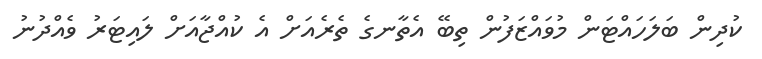
ކުދިން ބަލަހައްޓަން މުވައްޒަފުން ތިބޭ އެތާނގެ ތެރެއަށް އެ ކުއްޖާއަށް ލައިޓަރު ވެއްދުނު